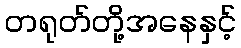
တရုတ်တို့အနေနှင့်